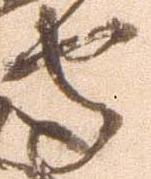
守